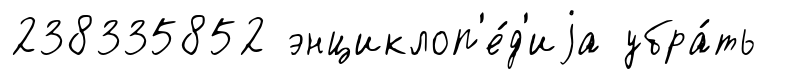
238335852 энциклоп'е́д'иjа убра́ть